Civil Veterinary Department Bihar & Orissa reports 1929-36 - 1929-1936
Year: 1929
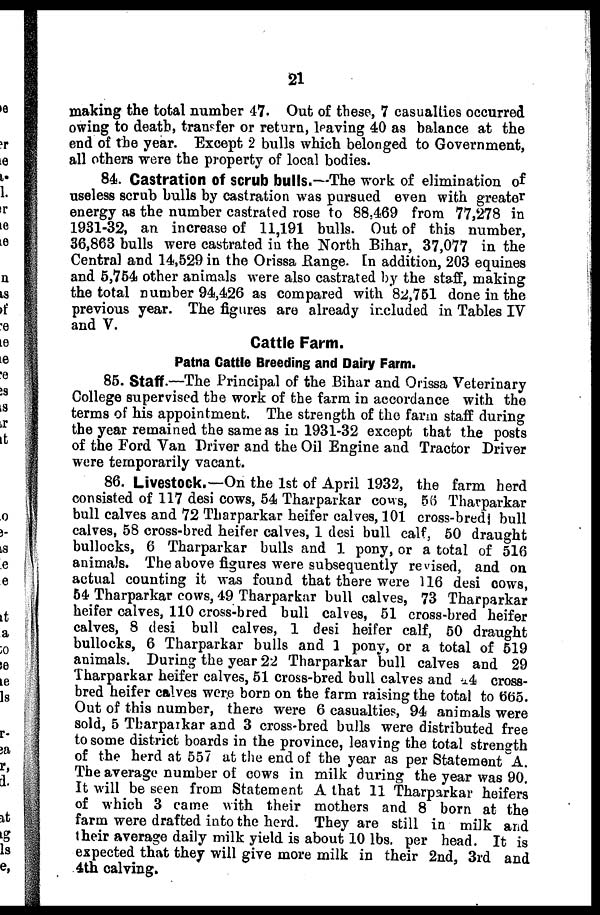
21
making the total number 47. Out of these, 7 casualties occurred
owing to death, transfer or return, leaving 40 as balance at the
end of the year. Except 2 bulls which belonged to Government,
all others were the property of local bodies.
84. Castration of scrub bulls.—The work of elimination of
useless scrub bulls by castration was pursued even with greater
energy as the number castrated rose to 88,469 from 77,278 in
1931-32, an increase of 11,191 bulls. Out of this number,
36,863 bulls were castrated in the North Bihar, 37,077 in the
Central and 14,529 in the Orissa Range. In addition, 203 equines
and 6,754 other animals were also castrated by the staff, making
the total number 94,426 as compared with 82,751 done in the
previous year. The figures are already included in Tables IV
and V.
Cattle Farm.
Patna Cattle Breeding and Dairy Farm.
85. Staff.—The Principal of the Bihar and Orissa Veterinary
College supervised the work of the farm in accordance with the
terms of his appointment. The strength of the farm staff during
the year remained the same as in 1931-32 except that the posts
of the Ford Van Driver and the Oil Engine and Tractor Driver
were temporarily vacant.
86. Livestock.—On the 1st of April 1932, the farm herd
consisted of 117 desi cows, 54 Tharparkar cows, 56 Tharparkar
bull calves and 72 Tharparkar heifer calves, 101 cross-bred bull
calves, 58 cross-bred heifer calves, 1 desi bull calf, 50 draught
bullocks, 6 Tharparkar bulls and 1 pony, or a total of 516
animals. The above figures were subsequently revised, and on
actual counting it was found that there were 116 desi cows,
54 Tharparkar cows, 49 Tharparkar bull calves, 73 Tharparkar
heifer calves, 110 cross-bred bull calves, 51 cross-bred heifer
calves, 8 desi bull calves, 1 desi heifer calf, 50 draught
bullocks, 6 Tharparkar bulls and 1 pony, or a total of 519
animals. During the year 22 Tharparkar bull calves and 29
Tharparkar heifer calves, 51 cross-bred bull calves and 44 cross-
bred heifer calves were born on the farm raising the total to 665.
Out of this number, there were 6 casualties, 94 animals were
sold, 5 Tharparkar and 3 cross-bred bulls were distributed free
to some district boards in the province, leaving the total strength
of the herd at 557 at the end of the year as per Statement A.
The average number of cows in milk during the year was 90.
It will be seen from Statement A that 11 Tharparkar heifers
of which 3 came with their mothers and 8 born at the
farm were drafted into the herd. They are still in milk and
their average daily milk yield is about 10 lbs. per head. It is
expected that they will give more milk in their 2nd, 3rd and
4th calving.